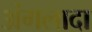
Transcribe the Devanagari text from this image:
अंगलादा